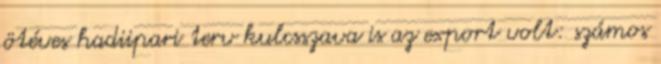
ötéves hadiipari terv kulcsszava is az export volt: számos